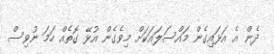
ދެން އެ އަޅައިގެން މައްސަލައަކަށް މިވެގެން އުޅޭ ގޮތެއް ހަމަ ނުވިސް